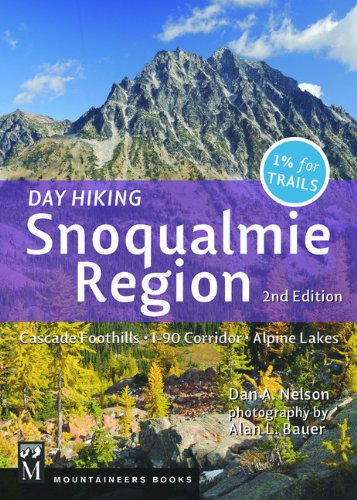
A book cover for Day Hiking: Snoqualmie Region 2nd Edition: Cascade Foothills, I-90 Corridor, Alpine Lakes; Dan Nelson; Health, Fitness & Dieting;